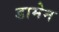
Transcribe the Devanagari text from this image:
डामेन